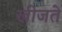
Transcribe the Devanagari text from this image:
खीजते